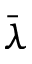
\bar { \lambda }